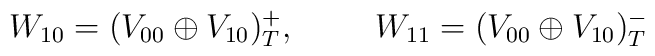
W_{10}=(V_{00}\oplus V_{10})_T^+, \hspace{1cm}    W_{11}=(V_{00}\oplus V_{10})_T^-